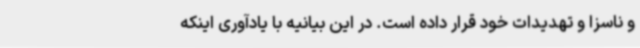
و ناسزا و تهدیدات خود قرار داده است. در این بیانیه با یادآوری اینکه